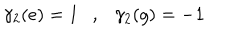
\gamma _ { 2 } ( e ) = 1 , \gamma _ { 2 } ( g ) = - 1